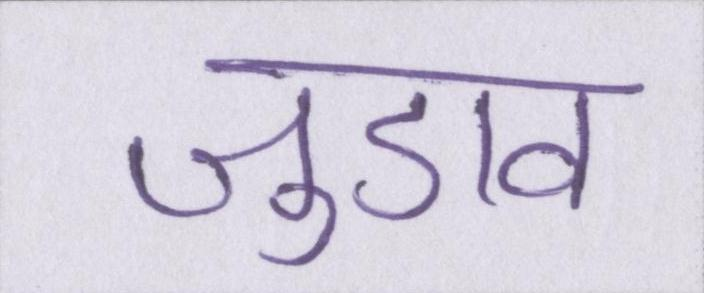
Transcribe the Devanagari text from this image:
जुडाव